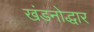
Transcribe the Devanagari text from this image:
खंडनोद्धार